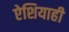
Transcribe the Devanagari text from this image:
ऐशियाही